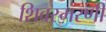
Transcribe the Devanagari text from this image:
शिवस्मरणी